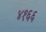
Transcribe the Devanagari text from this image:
४१६६